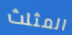
المثلث